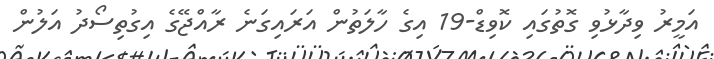
އަމީރު ވިދާޅުވި ގޮތުގައި ކޮވިޑް-19 އިގެ ހާލަތުން އަރައިގަނެ ރާއްޖޭގެ އިގުތިސޯދު އަލުން